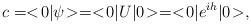
LaTeX: \begin{align*}c = <\!0|\psi\!> = <\!0|U|0\!> = <\!0|e^{ih}|0\!>, \end{align*}